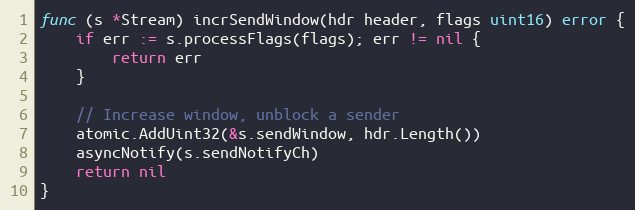
Language: Go
func (s *Stream) incrSendWindow(hdr header, flags uint16) error {
	if err := s.processFlags(flags); err != nil {
		return err
	}

	// Increase window, unblock a sender
	atomic.AddUint32(&s.sendWindow, hdr.Length())
	asyncNotify(s.sendNotifyCh)
	return nil
}